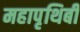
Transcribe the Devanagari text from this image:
महापृथिबी